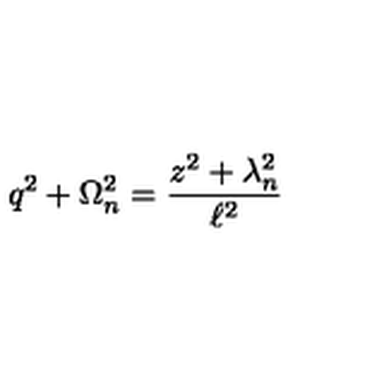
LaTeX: q ^ { 2 } + \Omega _ { n } ^ { 2 } = \frac { z ^ { 2 } + \lambda _ { n } ^ { 2 } } { \ell ^ { 2 } }